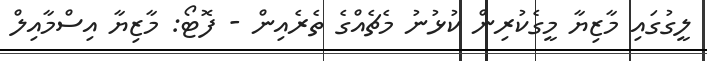
ލީގުގައި މާޒިޔާ މީގެކުރިން ކުޅުނު މެޗެއްގެ ތެރެއިން - ފޮޓޯ: މާޒިޔާ އިސްމާއިލް